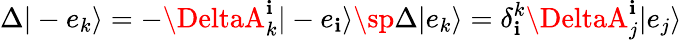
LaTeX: \Delta|-e_{k}\rangle=-\DeltaA_{k}^{\mathbf{i}}|-e_{\mathbf{i}}\rangle\sp\Delta|e_{k}\rangle=\delta_{\mathbf{i}}^{k}\DeltaA_{j}^{\mathbf{i}}|e_{j}\rangle